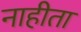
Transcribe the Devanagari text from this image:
नाहीता